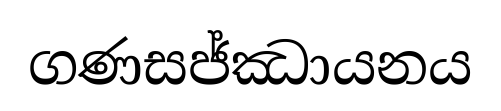
ගණසජ්ඣායනය